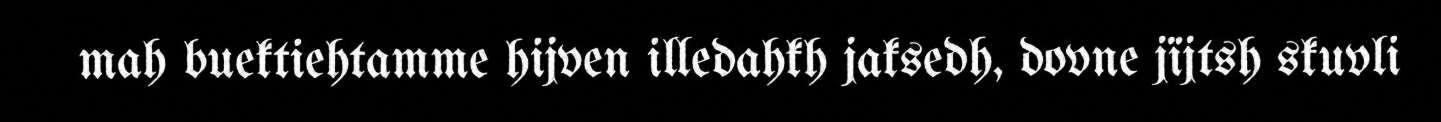
mah buektiehtamme hijven illedahkh jaksedh, dovne jïjtsh skuvli